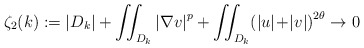
\begin{align*}\zeta_{2}(k):=\left\vert D_{k}\right\vert +{\displaystyle\iint_{D_{k}}}\left\vert \nabla v\right\vert ^{p}+{\displaystyle\iint_{D_{k}}}\!\left( \left\vert u\right\vert \!+\!\left\vert v\right\vert \right)^{2\theta}\rightarrow0 \end{align*}